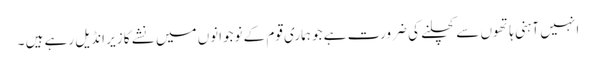
ا نہیں آہنی ہاتھوں سے کچلنے کی ضرورت ہے جو ہماری قوم کے نوجوانوں میں نشے کا زیر انڈیل رہے ہیں ۔